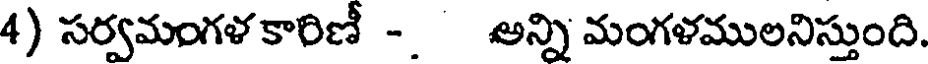
4) సర్వమంగళకారిణీ -. అన్ని మంగళములనిస్తుంది.